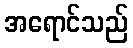
အရောင်သည်